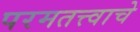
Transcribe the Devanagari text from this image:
परमतत्त्वाचे